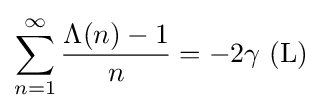
\sum _{n=1}^{\infty }{\frac {\Lambda (n)-1}{n}}=-2\gamma \,\,(\mathrm {L} )